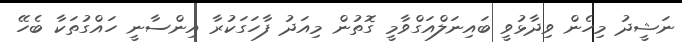
ނަޝީދު މިހެން ވިދާޅުވީ ބައިނަލްއަގްވާމީ ގޮތުން މިއަދު ފާހަގަކުރާ އިންސާނީ ހައްގުތަކާ ބެހޭ